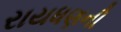
રાયધણની